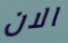
الان